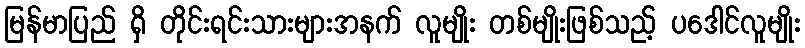
မြန်မာပြည် ရှိ တိုင်းရင်းသားများအနက် လူမျိုး တစ်မျိုးဖြစ်သည့် ပဒေါင်လူမျိုး